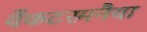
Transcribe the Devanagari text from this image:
वेंकटरमनैया